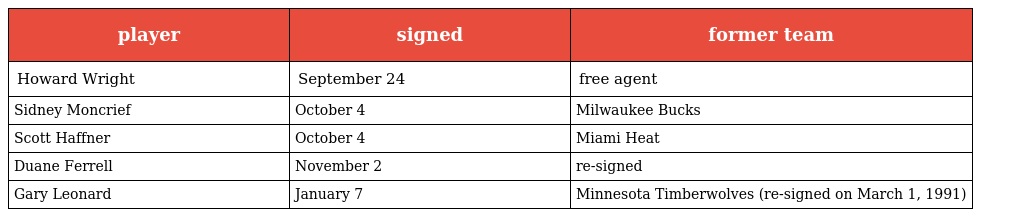
| player | signed | former team |
 | --- | --- | --- |
 | Howard Wright | September 24 | free agent |
 | Sidney Moncrief | October 4 | Milwaukee Bucks |
 | Scott Haffner | October 4 | Miami Heat |
 | Duane Ferrell | November 2 | re-signed |
 | Gary Leonard | January 7 | Minnesota Timberwolves (re-signed on March 1, 1991) |